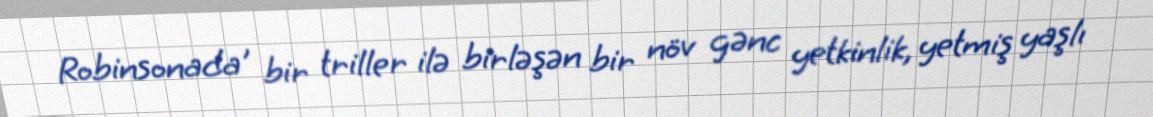
Robinsonada , bir triller ilə birləşən bir növ gənc yetkinlik, yetmiş yaşlı